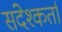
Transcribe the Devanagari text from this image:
संदेश्कर्ता